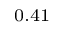
_ { 0 . 4 1 }